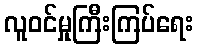
လူဝင်မှုကြီးကြပ်ရေး